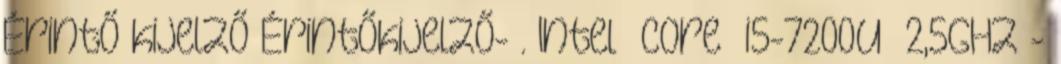
Érintő kijelző Érintőkijelző- . Intel® Core™ i5-7200U 2,5GHz -